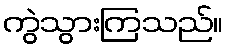
ကွဲသွားကြသည်။